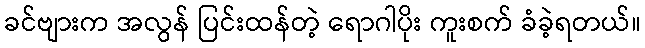
ခင်ဗျားက အလွန် ပြင်းထန်တဲ့ ရောဂါပိုး ကူးစက် ခံခဲ့ရတယ်။